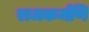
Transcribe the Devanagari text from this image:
राजकर्मणि